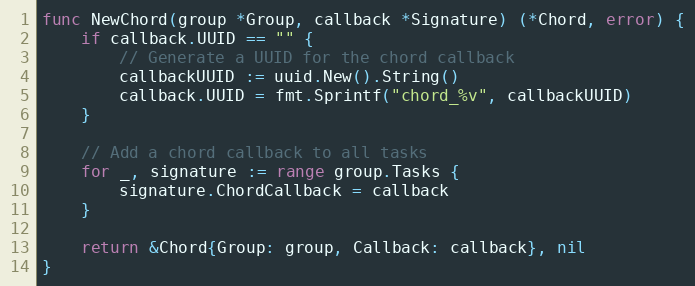
Language: Go
func NewChord(group *Group, callback *Signature) (*Chord, error) {
	if callback.UUID == "" {
		// Generate a UUID for the chord callback
		callbackUUID := uuid.New().String()
		callback.UUID = fmt.Sprintf("chord_%v", callbackUUID)
	}

	// Add a chord callback to all tasks
	for _, signature := range group.Tasks {
		signature.ChordCallback = callback
	}

	return &Chord{Group: group, Callback: callback}, nil
}